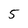
Character: 5